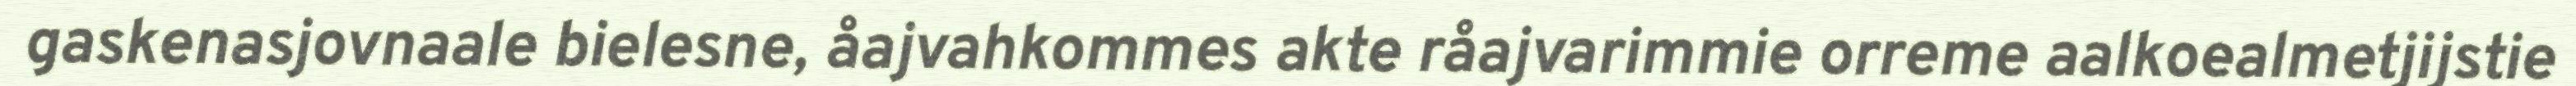
gaskenasjovnaale bielesne, åajvahkommes akte råajvarimmie orreme aalkoealmetjijstie